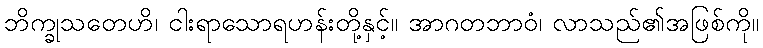
ဘိက္ခုသတေဟိ၊ ငါးရာသောရဟန်းတို့နှင့်။ အာဂတဘာဝံ၊ လာသည်၏အဖြစ်ကို။